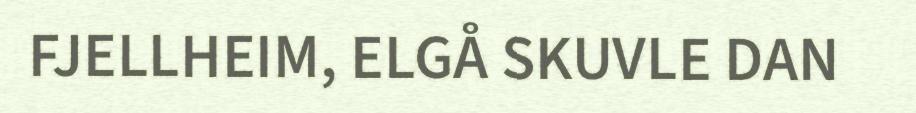
FJELLHEIM, ELGÅ SKUVLE DAN